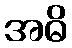
အဓိ